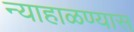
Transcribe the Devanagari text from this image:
न्याहाळण्यास